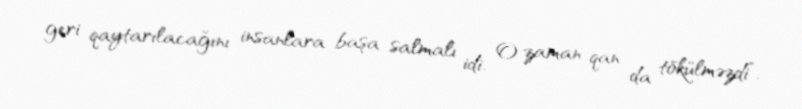
geri qaytarılacağını insanlara başa salmalı idi. O zaman qan da tökülməzdi”.